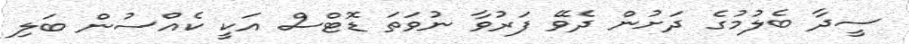
ސީދާ ބެލުމުގެ ދަށުން ދެވޭ ފަރުވާ ނުވަތަ ޑޮޓްސް އަކީ ކެއްސުން ބަލި